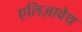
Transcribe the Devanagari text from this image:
एलिज़ावेथ